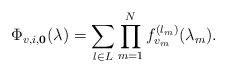
LaTeX: \begin{align*}\Phi_{v,i,{\bf 0}}(\lambda) = \sum_{l\in L}\prod_{m=1}^N f_{v_m}^{(l_m)}(\lambda_m).\end{align*}